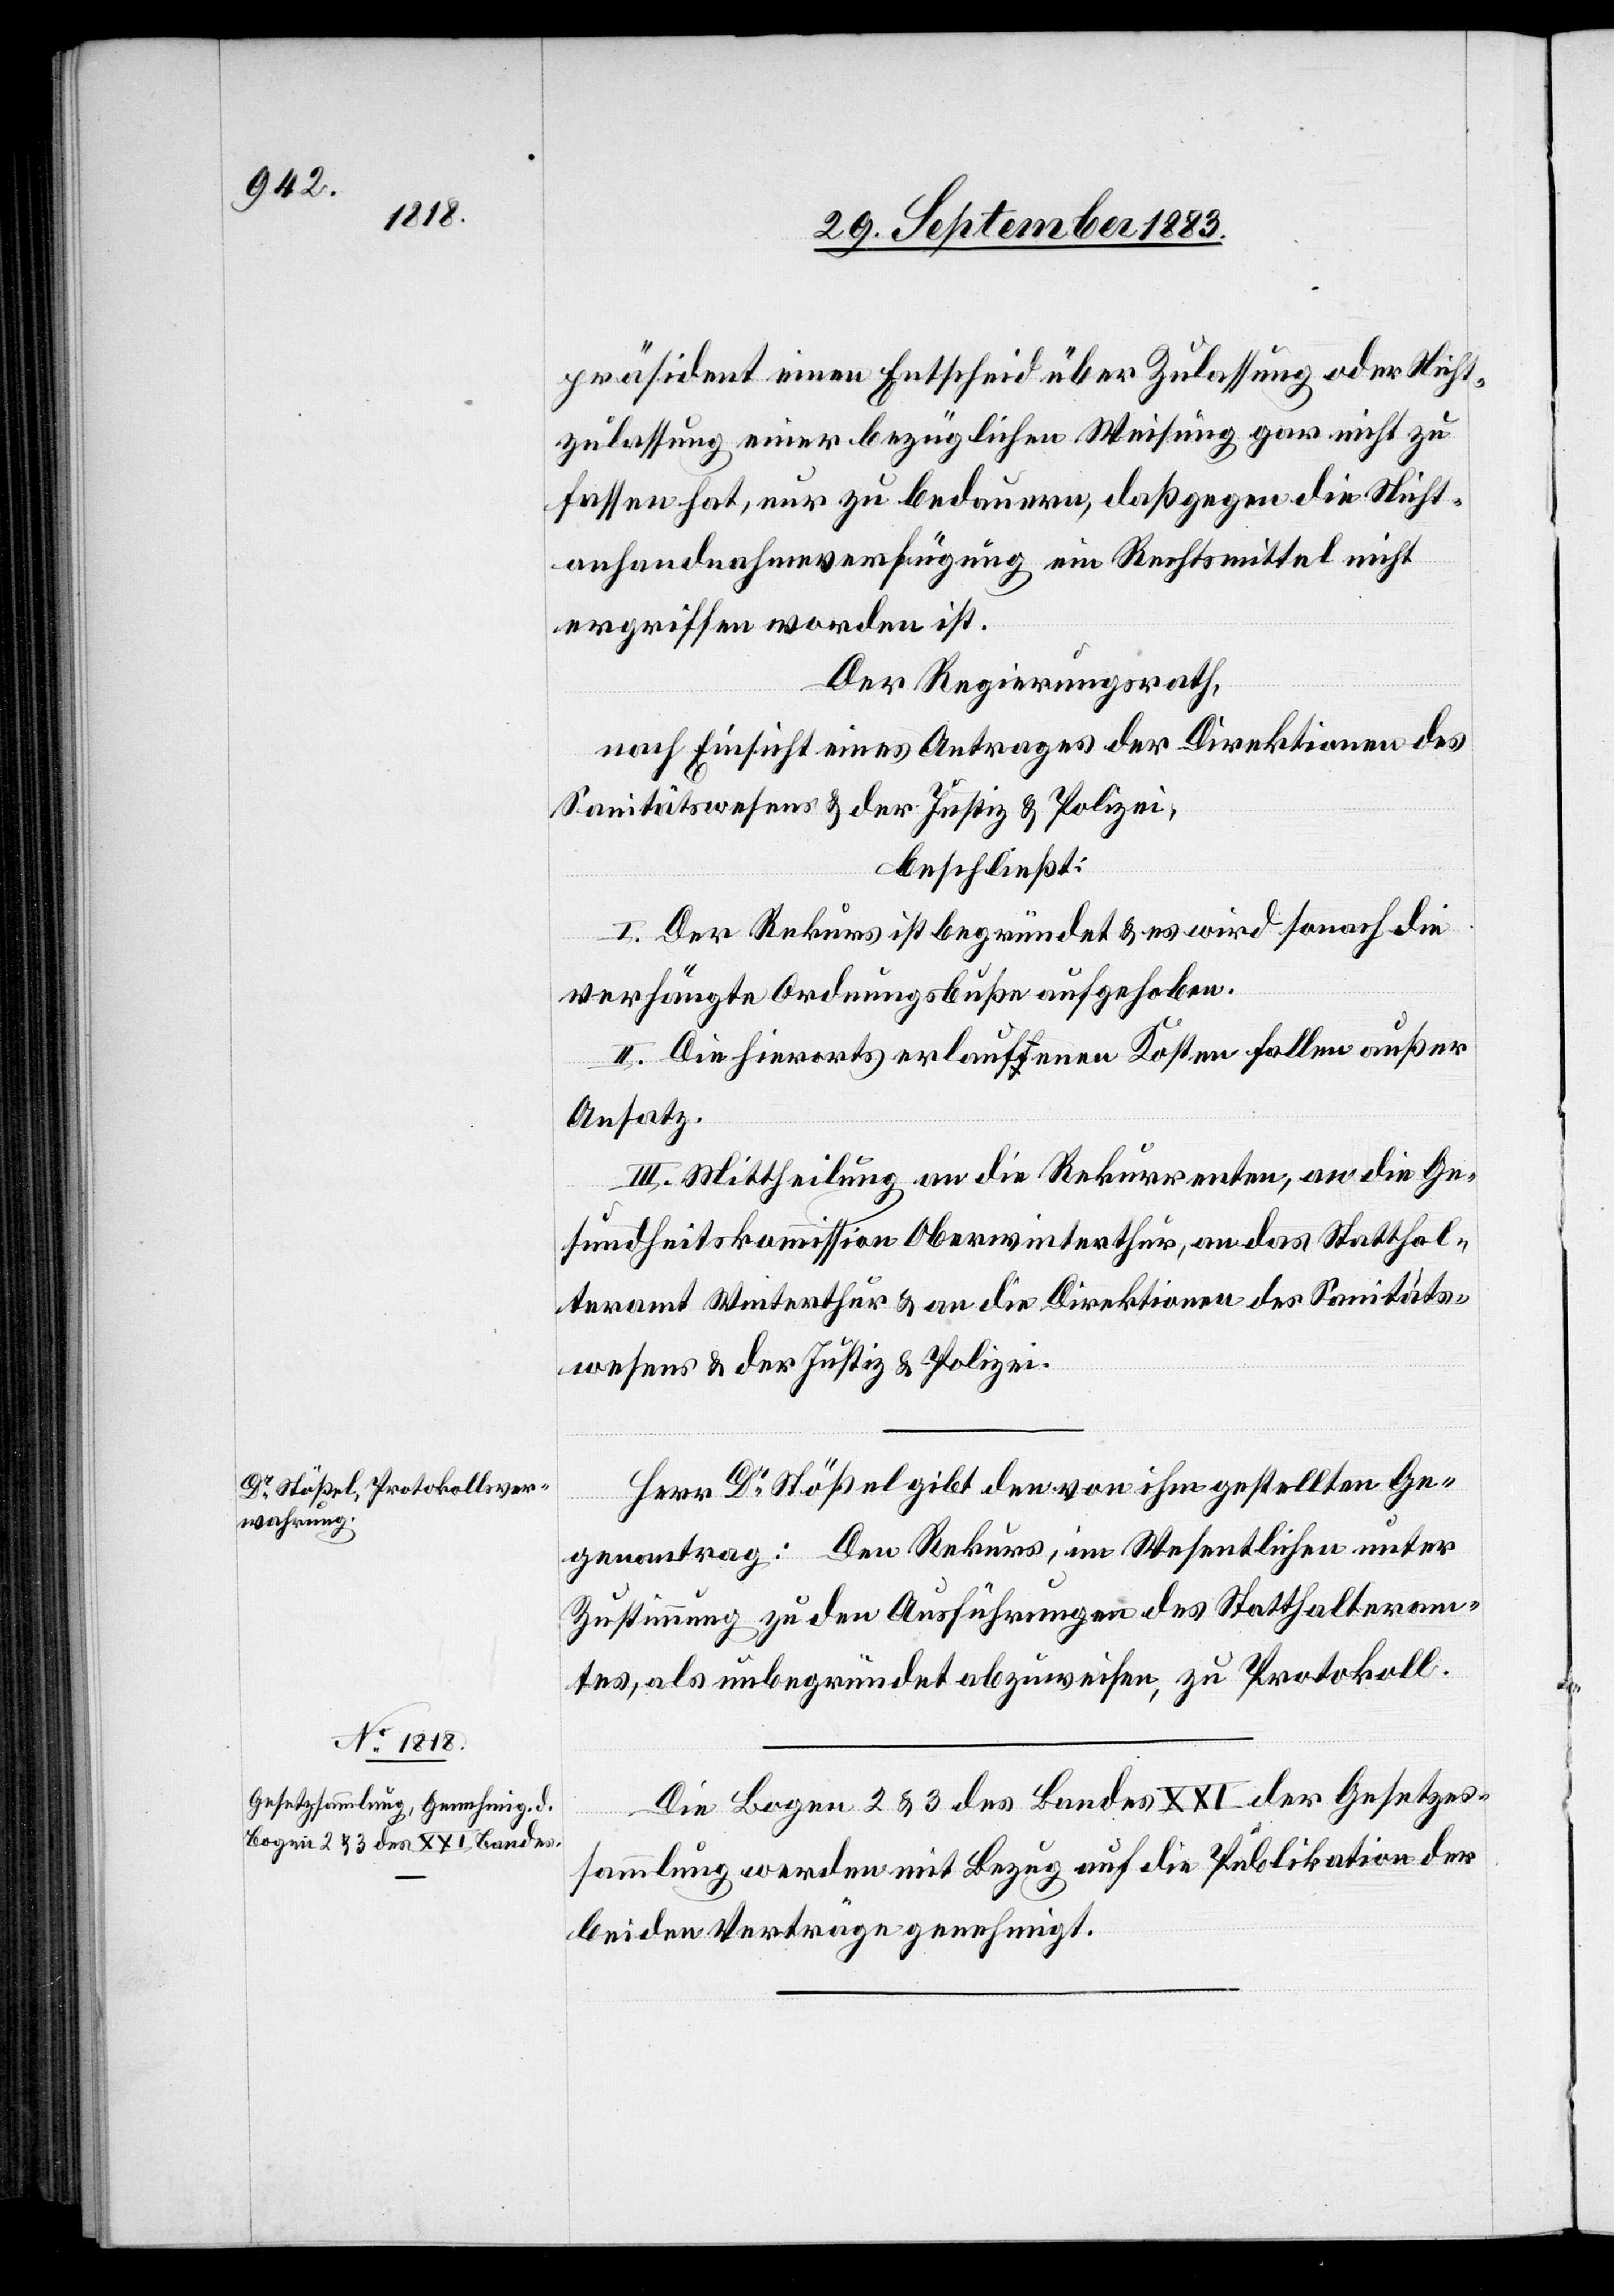
präsident einen Entscheid über Zulassung oder Nicht¬
zulassung einer bezüglichen Weisung gar nicht zu
fassen, nur zu bedauern, daß gegen die Nicht¬
ergriffen worden ist.
Der Regierungsrath,
nach Einsicht eines Antrages der Direktionen des
Sanitätswesens & der Justiz & Polizei,
beschließt:
I. Der Rekurs ist begründet & es wird sonach die
verhängte Ordnungsbuße aufgehoben.
II. Die hierorts erlaufenen Kosten fallen außer
Ansatz.
III. Mittheilung an die Rekurrenten, an die Ge¬
sundheitskommission Oberwinterthur, an das Statthal¬
teramt Winterthur & an die Direktionen des Sanitäts¬
nicht
wesens & der Justiz & Polizei.
Herr Dr Stößel gibt den von ihm gestellten Ge¬
genantrag: Den Rekurs, im Wesentlichen unter
Zustimmung zu den Ausführungen des Statthalteram¬
tes, als unbegründet abzuweisen, zu Protokoll.
Die Bogen 2 & 3 des Bandes XXI der Gesetzes¬
sammlung werden mit Bezug auf die Publikation der
beiden Verträge genehmigt.